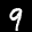
Label: 9